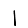
Digit: 1